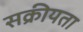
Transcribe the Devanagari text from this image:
सक्रीयता